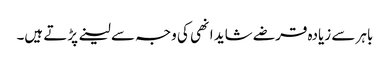
باہر سے زیادہ قرضے شاید انھی کی وجہ سے لینے پڑتے ہیں۔